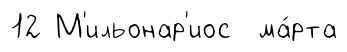
12 М'ильонар'иос ма́рта